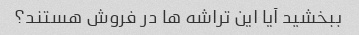
ببخشید آیا این تراشه ها در فروش هستند؟